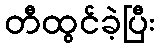
တီထွင်ခဲ့ပြီး